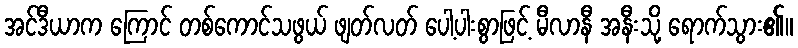
အင်ဒီယာက ကြောင် တစ်ကောင်သဖွယ် ဖျတ်လတ် ပေါ့ပါးစွာဖြင့် မီလာနီ အနီးသို့ ရောက်သွား၏။